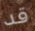
قد